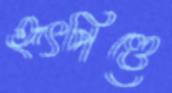
হৃৎপিণ্ডে